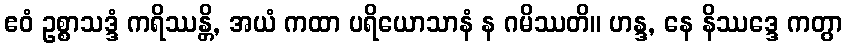
ဧဝံ ဥစ္စာသဒ္ဒံ ကရိဿန္တိ, အယံ ကထာ ပရိယောသာနံ န ဂမိဿတိ။ ဟန္ဒ, နေ နိဿဒ္ဒေ ကတွာ